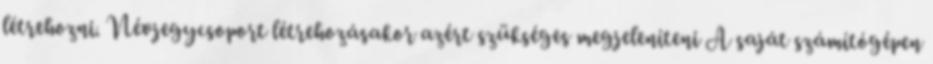
létrehozni. Névjegycsoport létrehozásakor azért szükséges megjeleníteni A saját számítógépen